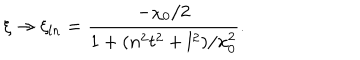
LaTeX: \xi \to \xi _ { l n } = \frac { - \chi _ { 0 } / 2 } { 1 + ( n ^ { 2 } t ^ { 2 } + l ^ { 2 } ) / x _ { 0 } ^ { 2 } } .